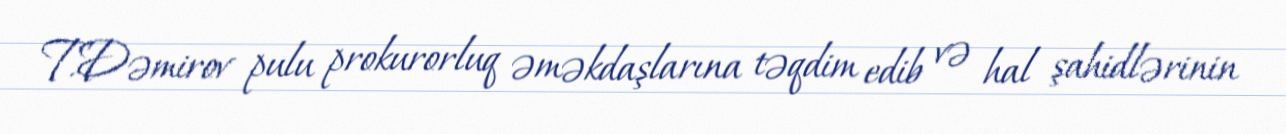
T.Dəmirov pulu prokurorluq əməkdaşlarına təqdim edib və hal şahidlərinin